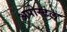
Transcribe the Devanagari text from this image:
अपोस्टल